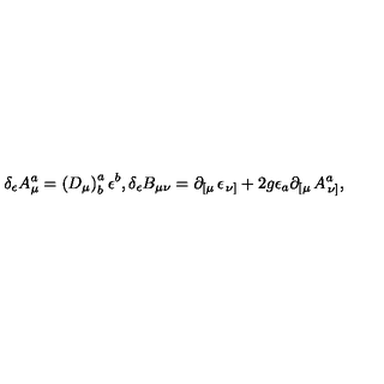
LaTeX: \delta _ { \epsilon } A _ { \mu } ^ { a } = \left( D _ { \mu } \right) _ { b } ^ { a } \epsilon ^ { b } , \delta _ { \epsilon } B _ { \mu \nu } = \partial _ { \left[ \mu \right. } \epsilon _ { \left. \nu \right] } + 2 g \epsilon _ { a } \partial _ { \left[ \mu \right. } A _ { \left. \nu \right] } ^ { a } ,